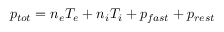
p _ { t o t } = n _ { e } T _ { e } + n _ { i } T _ { i } + p _ { f a s t } + p _ { r e s t }